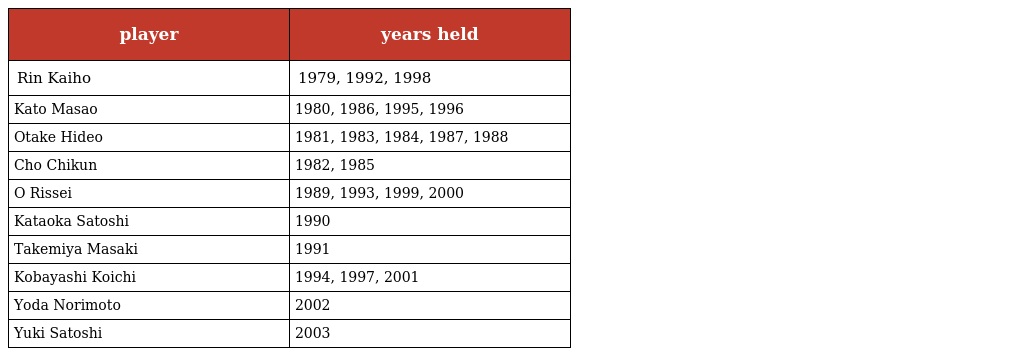
| player | years held |
 | --- | --- |
 | Rin Kaiho | 1979, 1992, 1998 |
 | Kato Masao | 1980, 1986, 1995, 1996 |
 | Otake Hideo | 1981, 1983, 1984, 1987, 1988 |
 | Cho Chikun | 1982, 1985 |
 | O Rissei | 1989, 1993, 1999, 2000 |
 | Kataoka Satoshi | 1990 |
 | Takemiya Masaki | 1991 |
 | Kobayashi Koichi | 1994, 1997, 2001 |
 | Yoda Norimoto | 2002 |
 | Yuki Satoshi | 2003 |